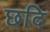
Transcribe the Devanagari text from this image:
छदि